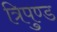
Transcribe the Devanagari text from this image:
त्रिपुण्ड